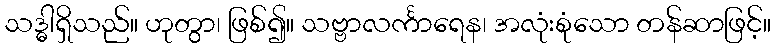
သဒ္ဓါရှိသည်။ ဟုတွာ၊ ဖြစ်၍။ သဗ္ဗာလင်္ကာရေန၊ အလုံးစုံသော တန်ဆာဖြင့်။